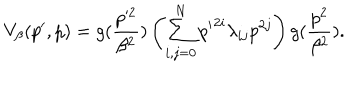
LaTeX: V _ { \beta } ( p ^ { \prime } , p ) = g ( \frac { p ^ { 2 } } { \beta ^ { 2 } } ) \left( \sum _ { i , j = 0 } ^ { N } { p ^ { \prime } } ^ { 2 i } \lambda _ { i j } p ^ { 2 j } \right) g ( \frac { p ^ { 2 } } { \beta ^ { 2 } } ) .